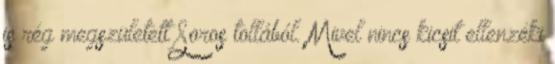
is rég megszületett Soros tollából. Mivel nincs kicsit ellenzéki